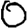
Digit: 0